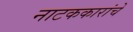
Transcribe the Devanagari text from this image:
नाटककारांचे